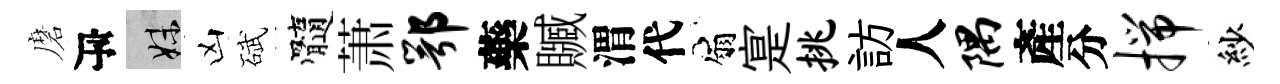
磨瓴妹凶碔髓萧鄂藥贓渭代扇寔挑訪人隅產分揣紗